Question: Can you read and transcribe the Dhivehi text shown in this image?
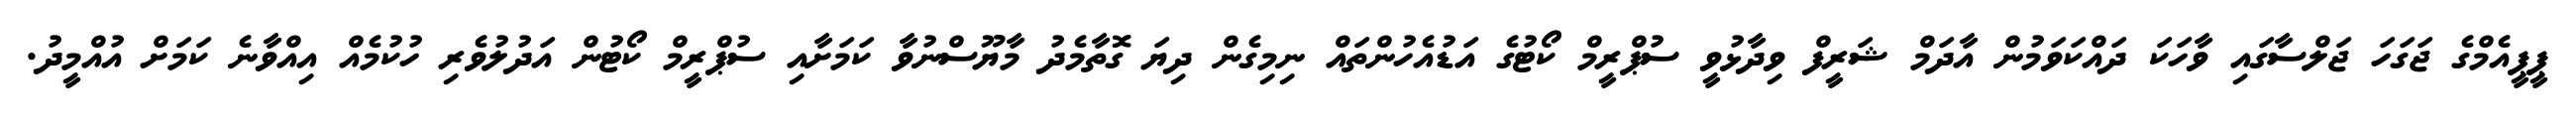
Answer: ޕީޕީއެމްގެ ޖަގަހަ ޖަލްސާގައި ވާހަކަ ދައްކަވަމުން އާދަމް ޝަރީފް ވިދާޅުވީ ސުޕްރީމް ކޯޓުގެ އަޑުއެހުންތައް ނިމިގެން ދިޔަ ގޮތާމެދު މާޔޫސްނުވާ ކަމަށާއި ސުޕްރީމް ކޯޓުން އަދުލުވެރި ހުކުމެއް އިއްވާނެ ކަމަށް އުއްމީދު.